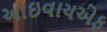
આઇવાયએફ